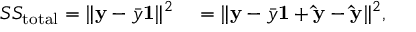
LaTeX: \begin{array} { r l } { S S _ { \mathrm { t o t a l } } = \Vert \mathbf { y } - { \bar { y } } \mathbf { 1 } \Vert ^ { 2 } } & { { } = \Vert \mathbf { y } - { \bar { y } } \mathbf { 1 } + \mathbf { \hat { y } } - \mathbf { \hat { y } } \Vert ^ { 2 } , } \end{array}